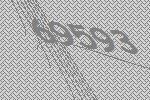
69593